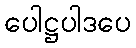
ပေါဋ္ဌပါဒပေ